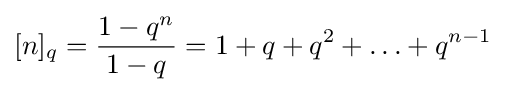
[n]_{q}={\frac {1-q^{n}}{1-q}}=1+q+q^{2}+\ldots +q^{n-1}